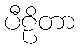
ပီဠိတာ